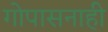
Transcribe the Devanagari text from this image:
गोपासनाही